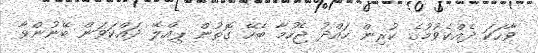
ވާހަކަ ދެއްކެވުމުގެ ކުރިން ހައްދު ޖެހުމާ ބެހޭ ގޮތުން ޕިއްލޭ ދައްކަވަން ބޭނުންވާ